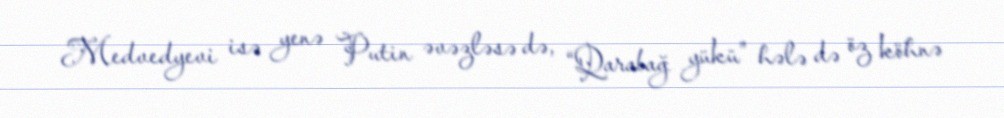
Medvedyevi isə yenə Putin əvəzləsə də, “Qarabağ yükü” hələ də öz köhnə